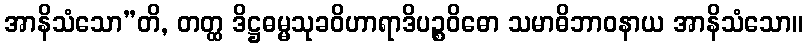
အာနိသံသော”တိ, တတ္ထ ဒိဋ္ဌဓမ္မသုခဝိဟာရာဒိပဉ္စဝိဓော သမာဓိဘာဝနာယ အာနိသံသော။